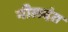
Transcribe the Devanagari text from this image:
नीलदंत